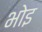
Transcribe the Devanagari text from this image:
भोइ